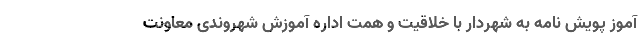
آموز پویش نامه به شهردار با خلاقیت و همت اداره آموزش شهروندی معاونت